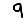
Digit: 9